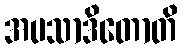
အပသာဒိတောတိ